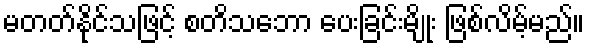
မတတ်နိုင်သဖြင့် စတိသဘော ပေးခြင်းမျိုး ဖြစ်လိမ့်မည်။